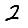
Digit: 2